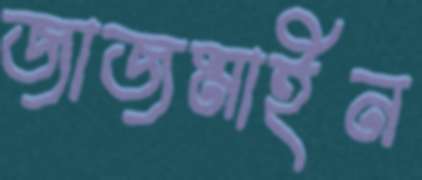
জাজমাইন